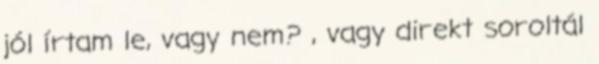
jól írtam le, vagy nem? , vagy direkt soroltál